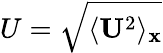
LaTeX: U=\sqrt{\langle{\mathbf U}^{2}\rangle_{\mathbf x}}